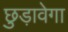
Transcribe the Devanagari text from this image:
छुड़ावेगा